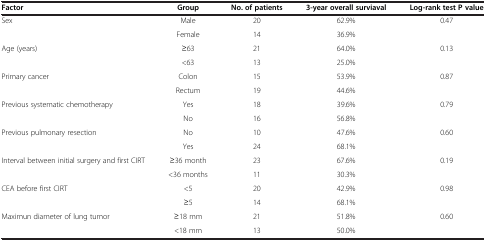
<table><thead><tr><td><b>Factor</b></td><td><b>Group</b></td><td><b>No. of patients</b></td><td><b>3-year overall surviaval</b></td><td><b>Log-rank test P value</b></td></tr></thead><tbody><tr><td>Sex</td><td>Male</td><td>20</td><td>62.9%</td><td>0.47</td></tr><tr><td> </td><td>Female</td><td>14</td><td>36.9%</td><td> </td></tr><tr><td>Age (years)</td><td>≥63</td><td>21</td><td>64.0%</td><td>0.13</td></tr><tr><td> </td><td>&lt;63</td><td>13</td><td>25.0%</td><td> </td></tr><tr><td>Primary cancer</td><td>Colon</td><td>15</td><td>53.9%</td><td>0.87</td></tr><tr><td> </td><td>Rectum</td><td>19</td><td>44.6%</td><td> </td></tr><tr><td>Previous systematic chemotherapy</td><td>Yes</td><td>18</td><td>39.6%</td><td>0.79</td></tr><tr><td> </td><td>No</td><td>16</td><td>56.8%</td><td> </td></tr><tr><td>Previous pulmonary resection</td><td>No</td><td>10</td><td>47.6%</td><td>0.60</td></tr><tr><td> </td><td>Yes</td><td>24</td><td>68.1%</td><td> </td></tr><tr><td>Interval between initial surgery and first CIRT</td><td>≥36 month</td><td>23</td><td>67.6%</td><td>0.19</td></tr><tr><td> </td><td>&lt;36 months</td><td>11</td><td>30.3%</td><td> </td></tr><tr><td>CEA before first CIRT</td><td>&lt;5</td><td>20</td><td>42.9%</td><td>0.98</td></tr><tr><td> </td><td>≥5</td><td>14</td><td>68.1%</td><td> </td></tr><tr><td>Maximun diameter of lung tumor</td><td>≥18 mm</td><td>21</td><td>51.8%</td><td>0.60</td></tr><tr><td> </td><td>&lt;18 mm</td><td>13</td><td>50.0%</td><td> </td></tr></tbody></table>